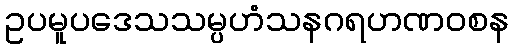
ဥပမူပဒေသသမ္ပဟံသနဂရဟဏဝစန